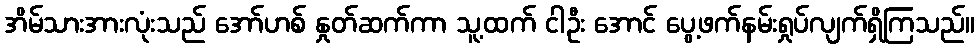
အိမ်သားအားလုံးသည် အော်ဟစ် နှုတ်ဆက်ကာ သူ့ထက် ငါဦး အောင် ပွေ့ဖက်နမ်းရှုပ်လျက်ရှိကြသည်။